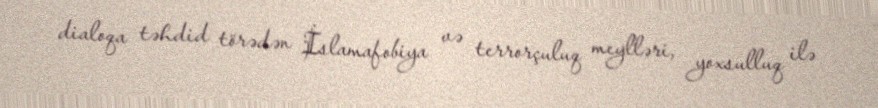
dialoqa təhdid törədən İslamafobiya və terrorçuluq meylləri, yoxsulluq ilə